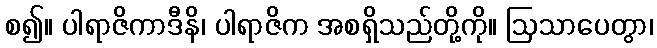
စ၍။ ပါရာဇိကာဒီနိ၊ ပါရာဇိက အစရှိသည်တို့ကို။ ဩသာပေတွာ၊